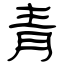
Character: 青